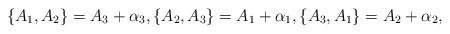
LaTeX: \begin{align*}\{A_1,A_2\}=A_3+\alpha_3,\{A_2,A_3\}=A_1+\alpha_1,\{A_3,A_1\}=A_2+\alpha_2,\end{align*}